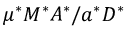
\mu ^ { * } M ^ { * } A ^ { * } / a ^ { * } D ^ { * }